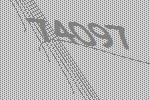
74097